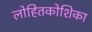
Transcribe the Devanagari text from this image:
लोहितकोशिका